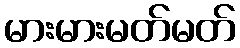
မားမားမတ်မတ်